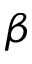
\beta